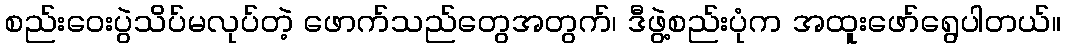
စည်းဝေးပွဲသိပ်မလုပ်တဲ့ ဖောက်သည်တွေအတွက်၊ ဒီဖွဲ့စည်းပုံက အထူးဖော်ရွေပါတယ်။